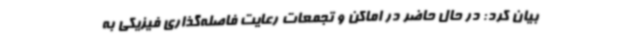
بیان کرد: در حال حاضر در اماکن و تجمعات رعایت فاصله‌گذاری فیزیکی به